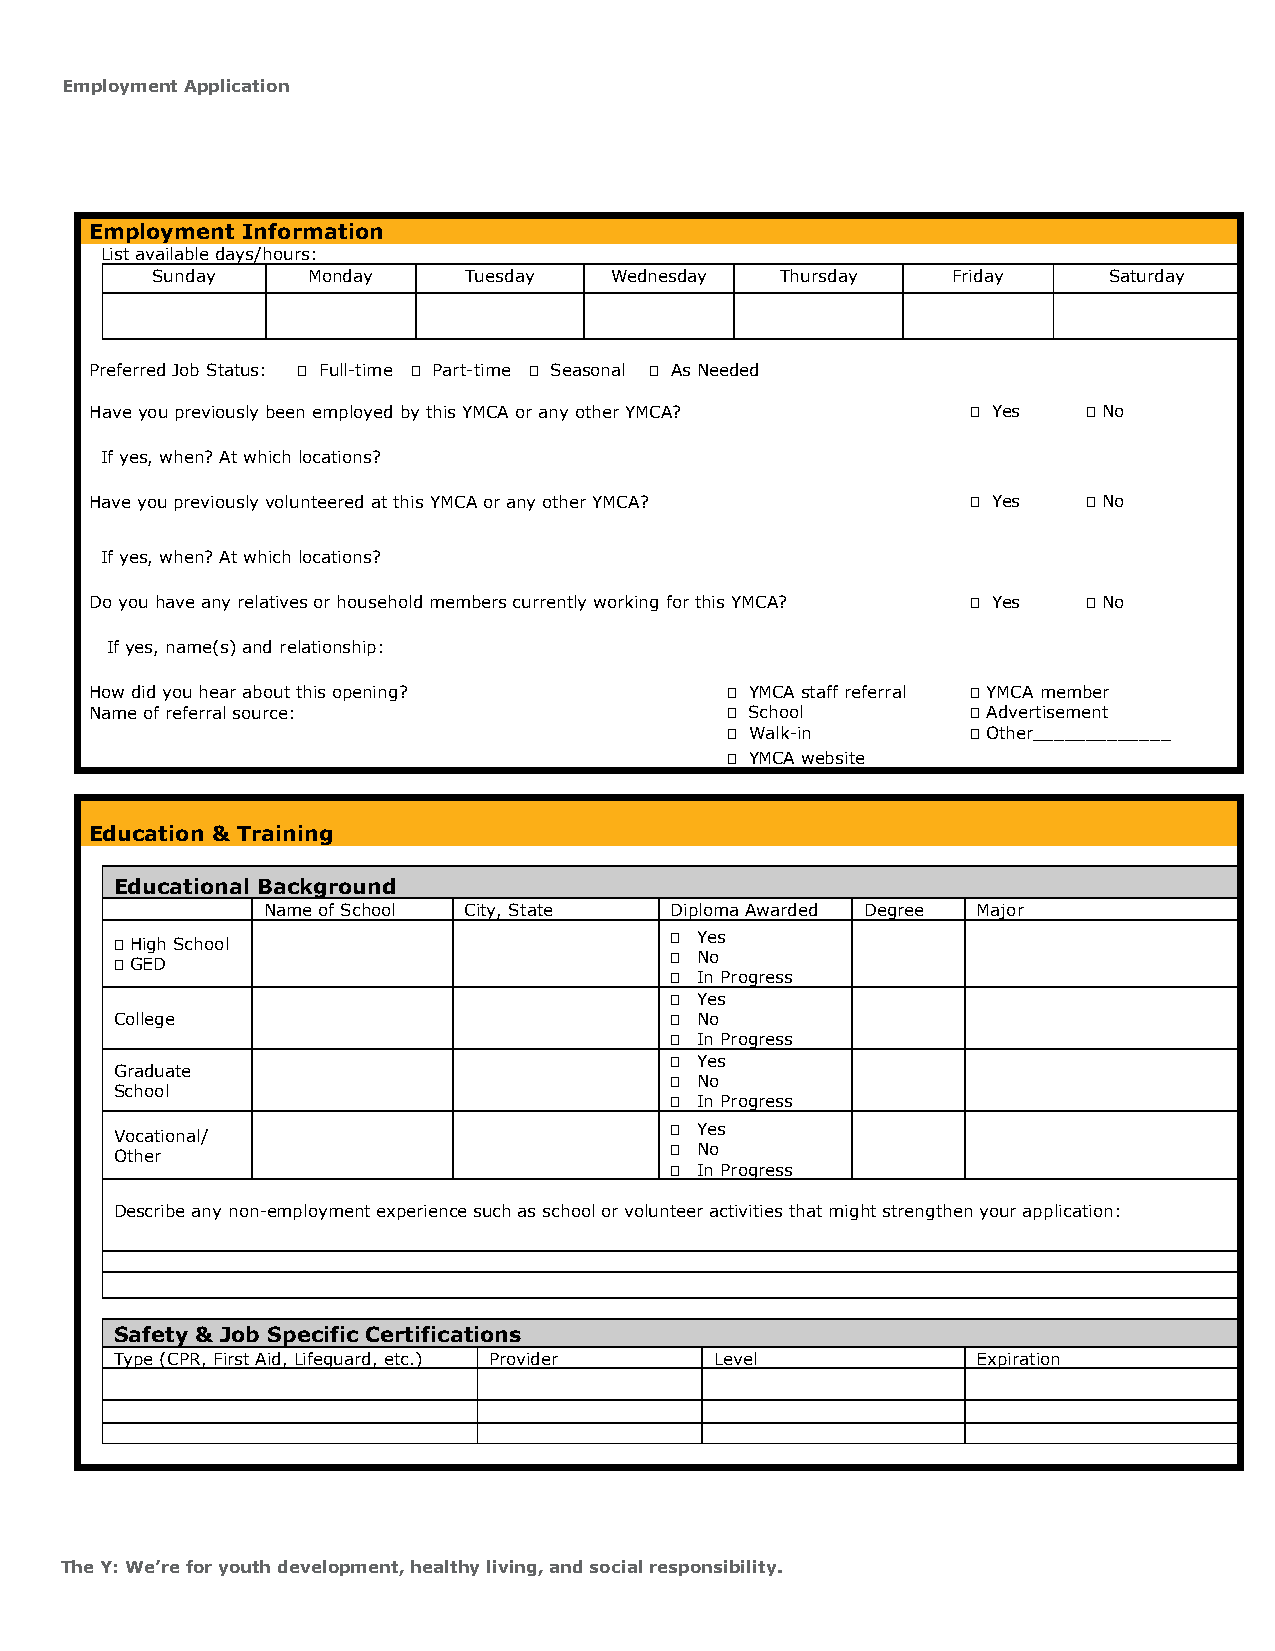
Employment Application
 Employment Information
 List available days/hours:
 Sunday    Monday     Tuesday  Wednesday   Thursday   Friday    Saturday
 Preferred Job Status:  Full-time  Part-time  Seasonal  As Needed
 Have you previously been employed by this YMCA or any other YMCA?  Yes  No
 If yes, when? At which locations?
 Have you previously volunteered at this YMCA or any other YMCA?  Yes  No
 If yes, when? At which locations?
 Do you have any relatives or household members currently working for this YMCA?  Yes  No
 If yes, name(s) and relationship:
 How did you hear about this opening?       YMCA staff referral  YMCA member
 Name of referral source:                   School         Advertisement
  Walk-in        Other_____________
  YMCA website
 Education & Training
 Educational Background
 Name of School City, State Diploma Awarded Degree Major
  High School                        Yes
  GED                                No
  In Progress
  Yes
 College                              No
  In Progress
  Yes
 Graduate
  No
 School
  In Progress
  Yes
 Vocational/
  No
 Other
  In Progress
 Describe any non-employment experience such as school or volunteer activities that might strengthen your application:
 Safety & Job Specific Certifications
 Type (CPR, First Aid, Lifeguard, etc.) Provider Level    Expiration
 The Y: We’re for youth development, healthy living, and social responsibility.